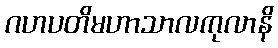
ဂဟပတိမဟာသာလကုလာနိ